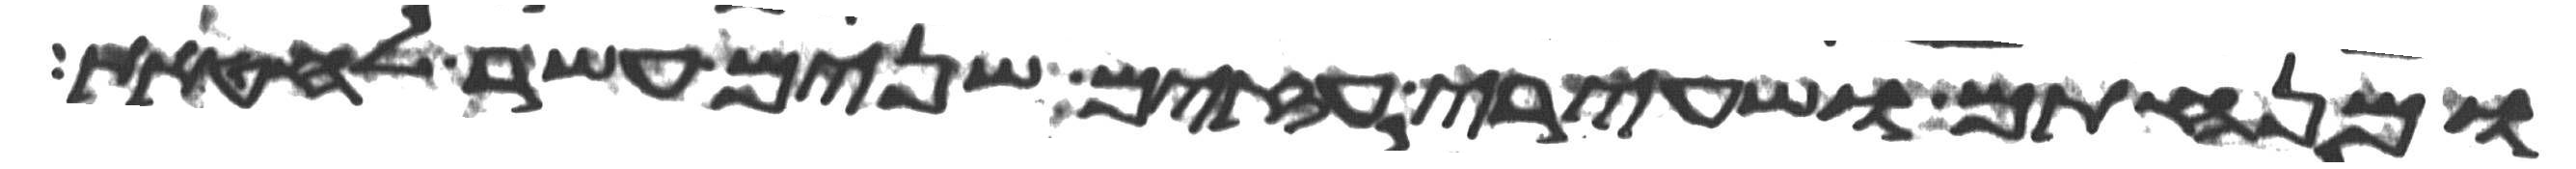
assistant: ומנחתם ושעירי עזים שנים עשר לחטאת